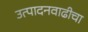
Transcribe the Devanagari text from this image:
उत्पादनवाढीचा